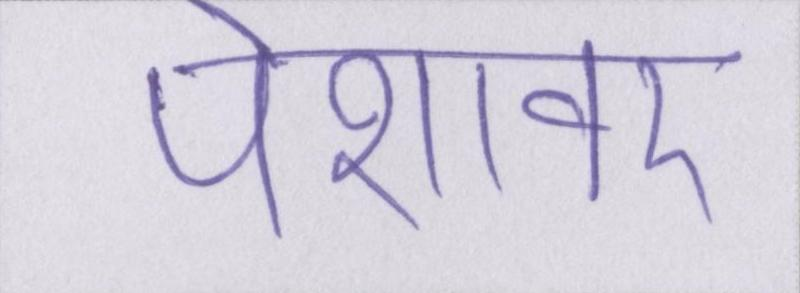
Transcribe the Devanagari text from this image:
पेशावर